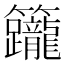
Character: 𥸙